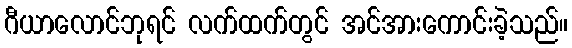
ဂီယာလောင်ဘုရင် လက်ထက်တွင် အင်အားကောင်းခဲ့သည်။